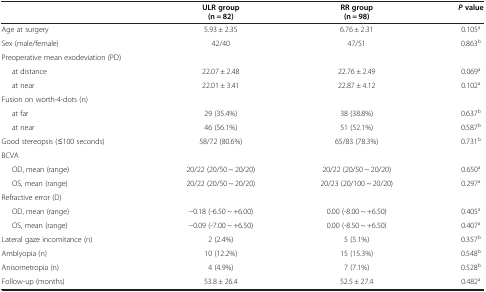
<table><thead><tr><td rowspan="2"><b> </b></td><td><b>ULR group</b></td><td><b>RR group</b></td><td rowspan="2"><b><i>P </i>value</b></td></tr><tr><td><b>(n = 82)</b></td><td><b>(n = 98)</b></td></tr></thead><tbody><tr><td>Age at surgery</td><td>5.93 ± 2.35</td><td>6.76 ± 2.31</td><td>0.105<sup>a</sup></td></tr><tr><td>Sex (male/female)</td><td>42/40</td><td>47/51</td><td>0.863<sup>b</sup></td></tr><tr><td>Preoperative mean exodeviation (PD)</td><td> </td><td> </td><td> </td></tr><tr><td>at distance</td><td>22.07 ± 2.48</td><td>22.76 ± 2.49</td><td>0.069<sup>a</sup></td></tr><tr><td>at near</td><td>22.01 ± 3.41</td><td>22.87 ± 4.12</td><td>0.102<sup>a</sup></td></tr><tr><td>Fusion on worth-4-dots (n)</td><td> </td><td> </td><td> </td></tr><tr><td>at far</td><td>29 (35.4%)</td><td>38 (38.8%)</td><td>0.637<sup>b</sup></td></tr><tr><td>at near</td><td>46 (56.1%)</td><td>51 (52.1%)</td><td>0.587<sup>b</sup></td></tr><tr><td>Good stereopsis (≤100 seconds)</td><td>58/72 (80.6%)</td><td>65/83 (78.3%)</td><td>0.731<sup>b</sup></td></tr><tr><td>BCVA</td><td> </td><td> </td><td> </td></tr><tr><td>OD, mean (range)</td><td>20/22 (20/50 ~ 20/20)</td><td>20/22 (20/50 ~ 20/20)</td><td>0.650<sup>a</sup></td></tr><tr><td>OS, mean (range)</td><td>20/22 (20/50 ~ 20/20)</td><td>20/23 (20/100 ~ 20/20)</td><td>0.297<sup>a</sup></td></tr><tr><td>Refractive error (D)</td><td> </td><td> </td><td> </td></tr><tr><td>OD, mean (range)</td><td>−0.18 (-6.50 ~ +6.00)</td><td>0.00 (-8.00 ~ +6.50)</td><td>0.405<sup>a</sup></td></tr><tr><td>OS, mean (range)</td><td>−0.09 (-7.00 ~ +6.50)</td><td>0.00 (-8.50 ~ +6.50)</td><td>0.407<sup>a</sup></td></tr><tr><td>Lateral gaze incomitance (n)</td><td>2 (2.4%)</td><td>5 (5.1%)</td><td>0.357<sup>b</sup></td></tr><tr><td>Amblyopia (n)</td><td>10 (12.2%)</td><td>15 (15.3%)</td><td>0.548<sup>b</sup></td></tr><tr><td>Anisometropia (n)</td><td>4 (4.9%)</td><td>7 (7.1%)</td><td>0.528<sup>b</sup></td></tr><tr><td>Follow-up (months)</td><td>53.8 ± 26.4</td><td>52.5 ± 27.4</td><td>0.482<sup>a</sup></td></tr></tbody></table>